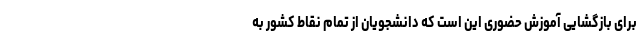
برای بازگشایی آموزش حضوری این است که دانشجویان از تمام نقاط کشور به